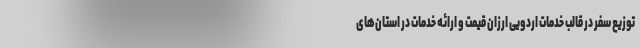
توزیع سفر در قالب خدمات اردویی ارزان قیمت و ارائه خدمات در استان‌های